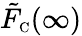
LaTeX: \tilde{F}_{\scriptscriptstyle\mathrm{C}}(\infty)